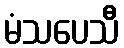
မံသပေသီ